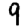
Digit: 9